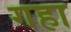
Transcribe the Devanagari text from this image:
गहा